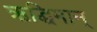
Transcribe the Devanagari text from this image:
ऋद्धिमान्‌